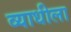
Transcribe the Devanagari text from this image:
व्याधीला